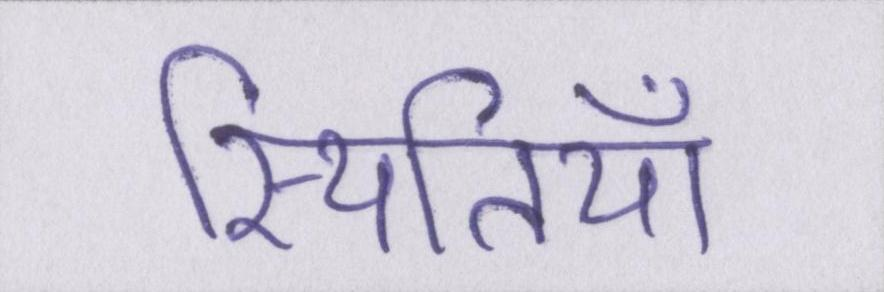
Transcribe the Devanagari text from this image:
स्थितियाँ